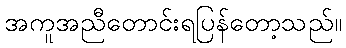
အကူအညီတောင်းရပြန်တော့သည်။